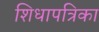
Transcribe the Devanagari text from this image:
शिधापत्रिका